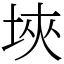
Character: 埉